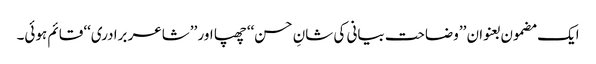
ایک مضمون بعنوان ’’وضاحت بیانی کی شانِ حسن‘‘ چھپا اور ’’شاعر برادری‘‘ قائم ہوئی۔